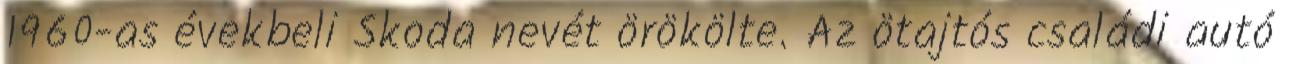
1960-as évekbeli Skoda nevét örökölte. Az ötajtós családi autó